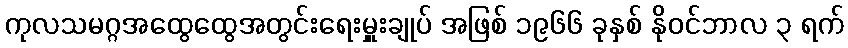
ကုလသမဂ္ဂအထွေထွေအတွင်းရေးမှူးချုပ် အဖြစ် ၁၉၆၆ ခုနှစ် နိုဝင်ဘာလ ၃ ရက်